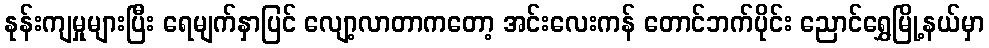
နုန်းကျမှုများပြီး ရေမျက်နှာပြင် လျော့လာတာကတော့ အင်းလေးကန် တောင်ဘက်ပိုင်း ညောင်ရွှေမြို့နယ်မှာ